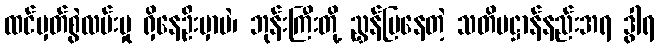
ထင်မှတ်စွဲလမ်းမှု ရှိနေဦးမှာပဲ၊ ဘုန်းကြီးတို့ ညွှန်ပြနေတဲ့ သတိပဋ္ဌာန်နည်းအရ ဒွါရ